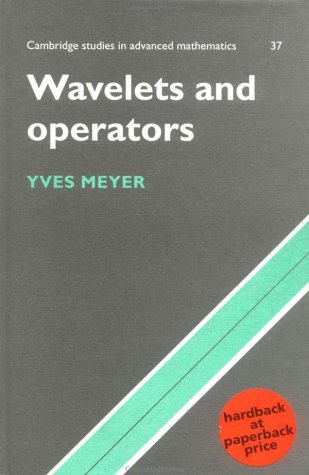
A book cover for Wavelets and Operators: Volume 1 (Cambridge Studies in Advanced Mathematics); Yves Meyer; Science & Math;